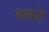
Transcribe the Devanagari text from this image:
डंसते